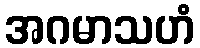
အဂမာသဟံ